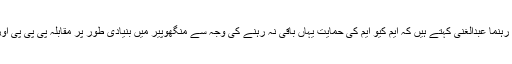
منگھوپیر کے مقامی سماجی رہنما عبدالغنی کہتے ہیں کہ ایم کیو ایم کی حمایت یہاں باقی نہ رہنے کی وجہ سے منگھوپیر میں بنیادی طور پر مقابلہ پی پی پی اور ایم ایم اے کے درمیان ہے۔